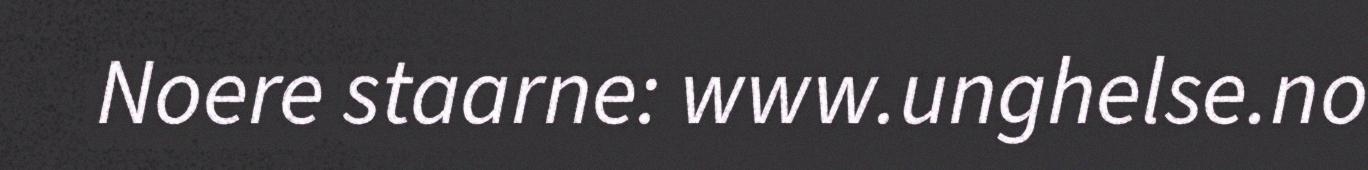
Noere staarne: www.unghelse.no